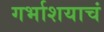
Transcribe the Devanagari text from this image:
गर्भाशयाचं